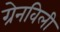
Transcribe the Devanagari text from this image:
ग्रेनविली